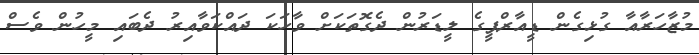
މުޒާހަރާއާ ގުޅިގެން ޑީއާރްޕީގެ ލީޑަރުން ދެގޮތަކަށް ވާހަކަ ދައްކަވާއިރު ދެބައި މީހުން ވެސް